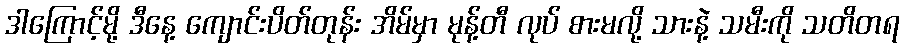
ဒါကြောင့်မို့ ဒီနေ့ ကျောင်းပိတ်တုန်း အိမ်မှာ မုန့်တီ လုပ် စားမလို့ သားနဲ့ သမီးကို သတိတရ